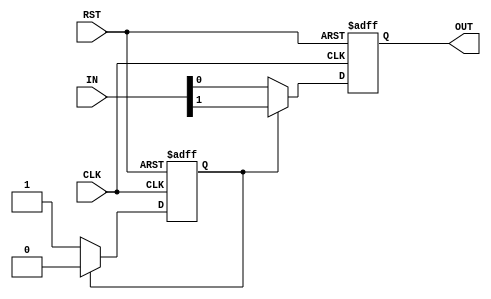
module DOUBLE_BIT_serializer(input [1:0] IN,
input CLK,
input RST,
output reg OUT);
reg SER_FLAG;
always@(posedge CLK or negedge RST)
 begin
 if(!RST)
  begin
  OUT<=1'b0;
  SER_FLAG<=1'b0;
  end
  else
   begin
	 if(!SER_FLAG)
	  begin
		OUT<=IN[0];
		SER_FLAG<=1'b1;
	  end
	 else
	  begin
	  OUT<=IN[1];
		SER_FLAG<=1'b0;
	  end 
   end
 end




endmodule